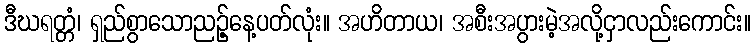
ဒီဃရတ္တံ၊ ရှည်စွာသောညဉ့်နေ့ပတ်လုံး။ အဟိတာယ၊ အစီးအပွားမဲ့အလို့ငှာလည်းကောင်း။